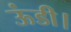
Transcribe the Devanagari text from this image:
ऊंडी।